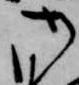
御